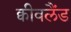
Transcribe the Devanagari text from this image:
क्वीवलैंड